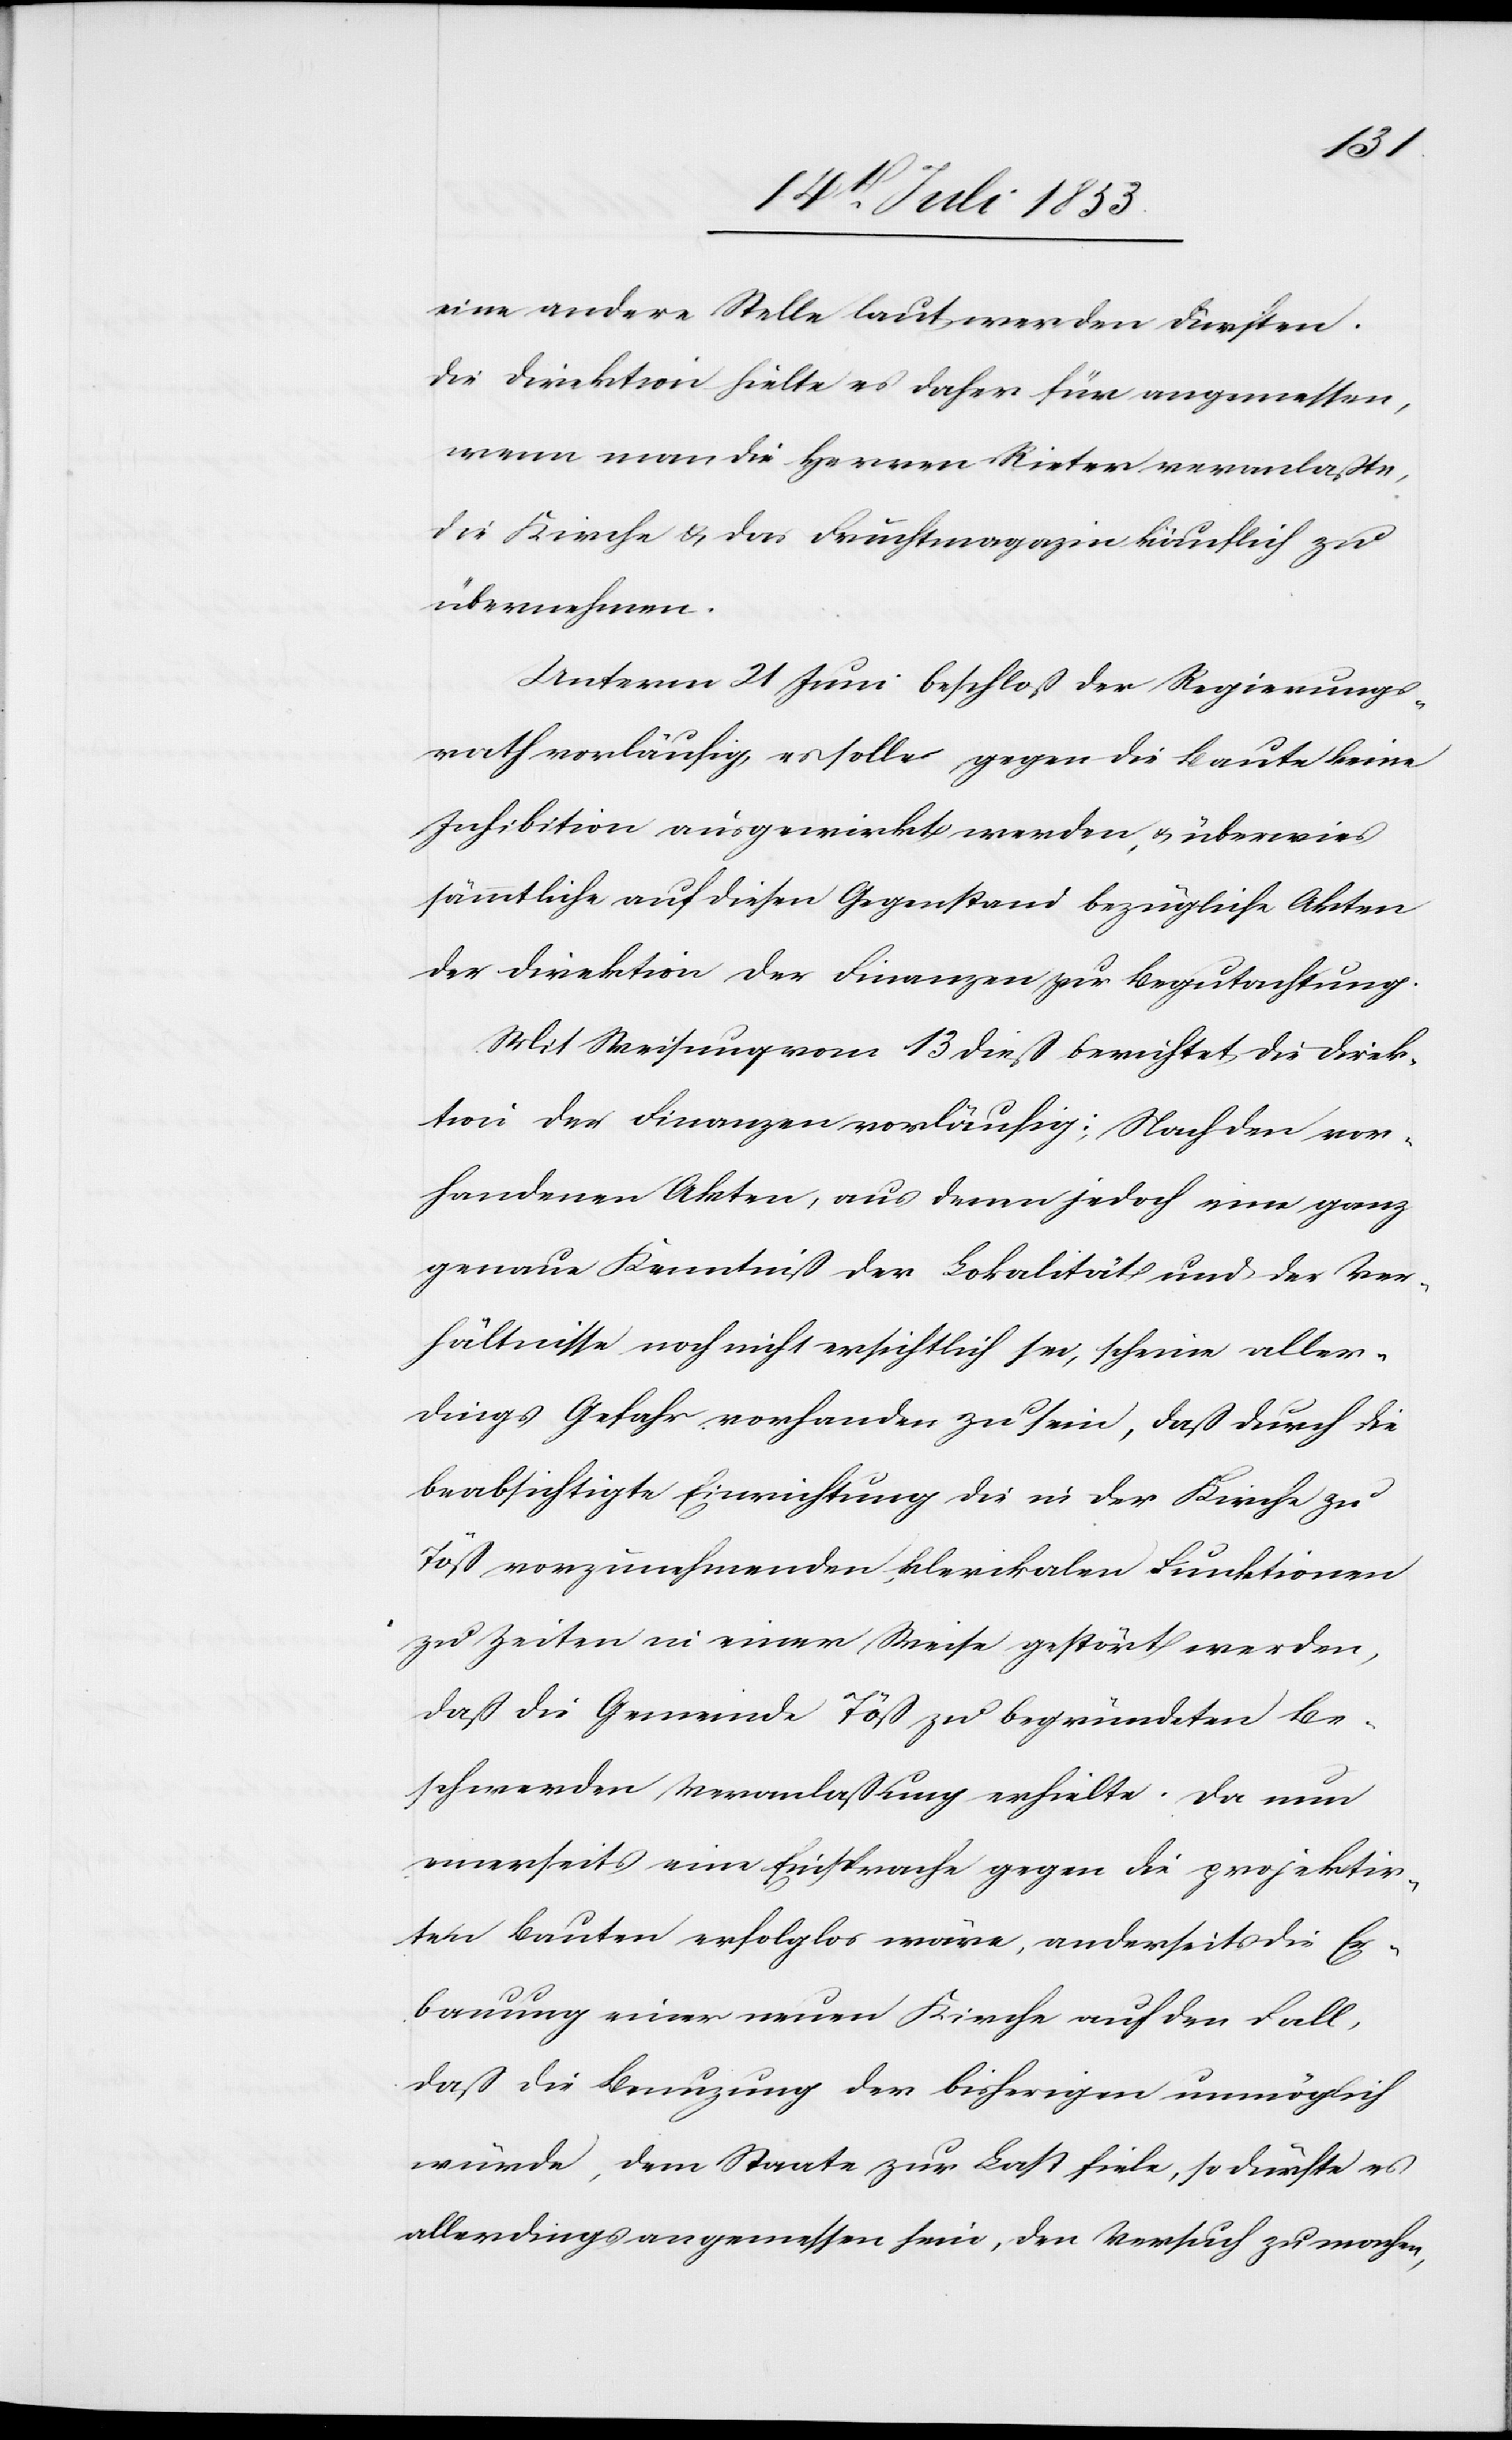
eine andere Stelle laut werden dürften.
Die Direktion hielte es daher für angemessen,
wenn man die Herren Rieter veranlaßte,
die Kirche u. das Fruchtmagazin käuflich zu
übernehmen.
Unterm 21 Juni beschloß der Regierungs¬
rath vorläufig, es solle gegen die Baute keine
Inhibition ausgewirkt werden, u. überwies
sämmtliche auf diesen Gegenstand bezügliche Akten
der Direktion der Finanzen zu Begutachtung.
Mit Weisung vom 13 dieß berichtet die Direk¬
tion der Finanzen vorläufig: Nach den vor¬
handenen Akten, aus denen jedoch eine ganz
genaue Kenntniß der Lokalität und der Ver¬
hältnisse noch nicht ersichtlich sei, scheine aller¬
dings Gefahr vorhanden zu sein, daß durch die
beabsichtigte Einrichtung die in der Kirche zu
Töß vorzunehmenden, klerikalen Funktionen
zu Zeiten in einer Weise gestört werden,
daß die Gemeinde Töß zu begründeten Be¬
schwerden Veranlaßung erhielte. Da nun
einerseits eine Einsprache gegen die projektir¬
ten Bauten erfolglos wäre, anderseits die Er¬
bauung einer neuen Kirche auf den Fall,
daß die Benutzung der bisherigen unmöglich
würde, dem Staate zur Last fiele, so dürfte es
allerdings angemessen sein, den Versuch zu machen,